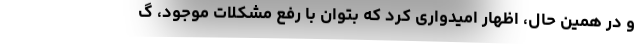
و در همین حال، اظهار امیدواری کرد که بتوان با رفع مشکلات موجود، گ